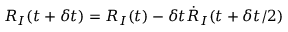
{ R } _ { I } ( t + \delta t ) = { R } _ { I } ( t ) - \delta t { \dot { R } } _ { I } ( t + \delta t / 2 )